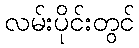
လမ်းပိုင်းတွင်